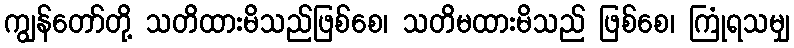
ကျွန်တော်တို့ သတိထားမိသည်ဖြစ်စေ၊ သတိမထားမိသည် ဖြစ်စေ၊ ကြုံရသမျှ